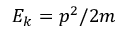
E _ { k } = p ^ { 2 } / 2 m